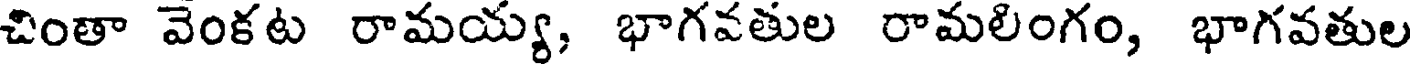
చింతా వెంకట రామయ్య, భాగవతుల రామలింగం, భాగవతుల